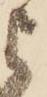
よ